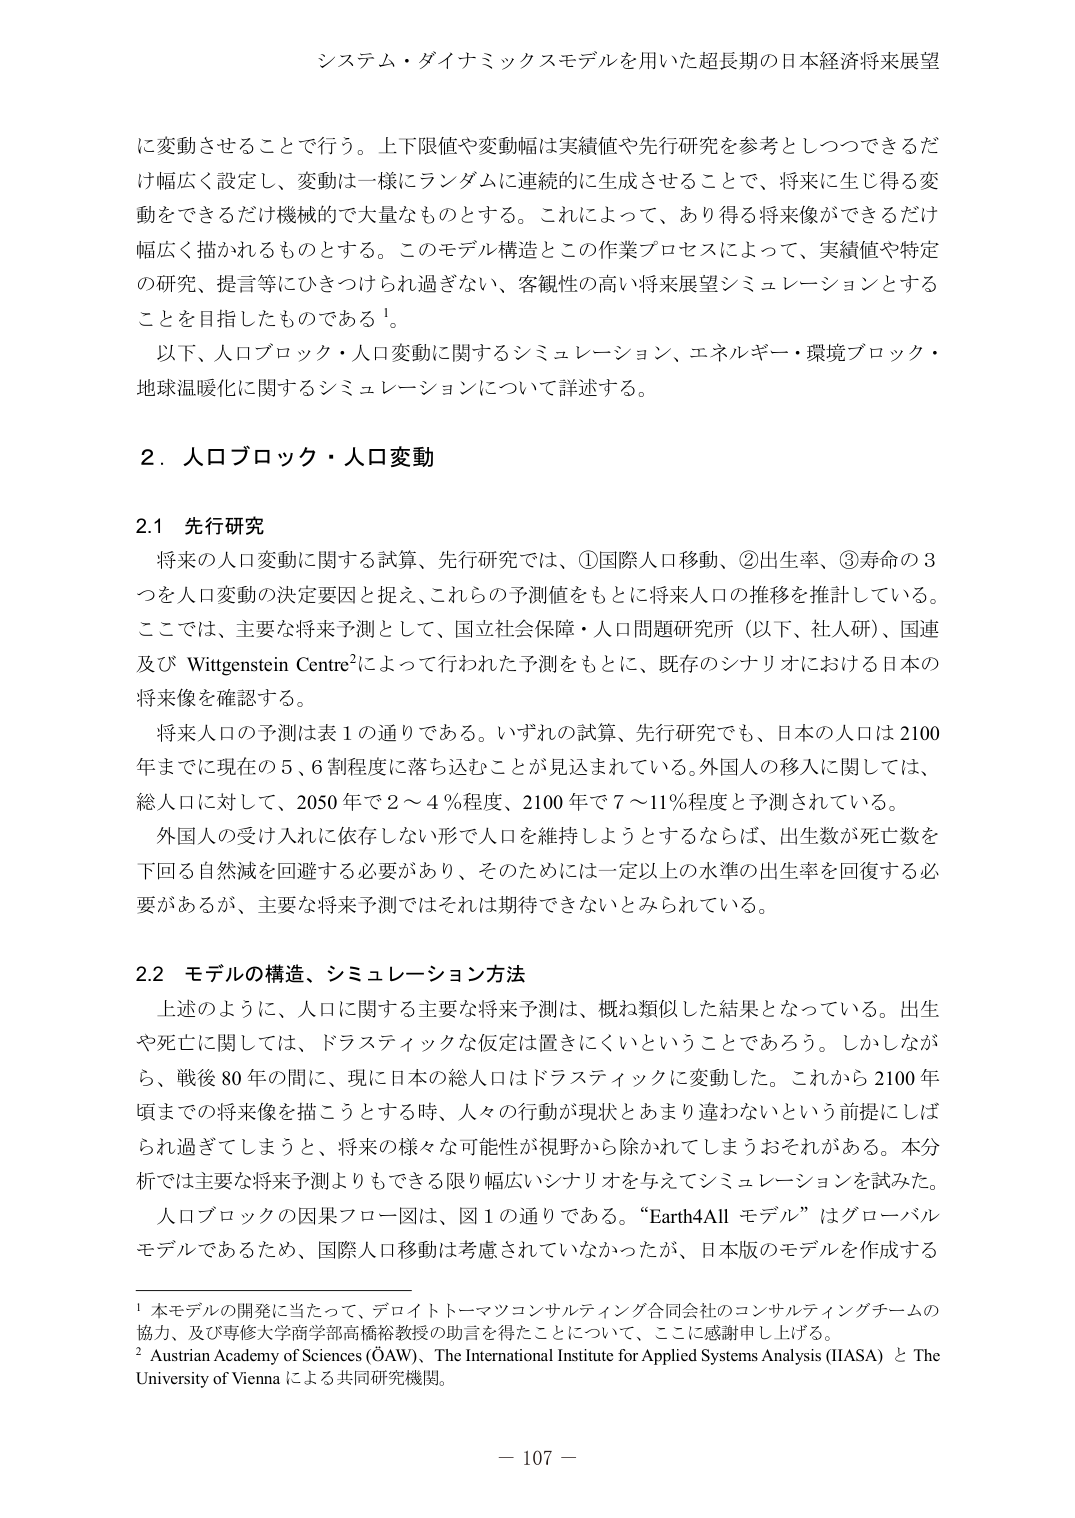
システム・ダイナミックスモデルを用いた超長期の日本経済将来展望

に変動させることで行う。上下限値や変動幅は実績値や先行研究を参考としつつできるだけ幅広く設定し、変動は一様にランダムに連続的に生成させることで、将来に生じ得る変動をできるだけ機械的で大量なものとする。これによって、あり得る将来像ができるだけ幅広く描かれるものとする。このモデル構造とこの作業プロセスによって、実績値や特定の研究、提言等にひきつけられ過ぎない、客観性の高い将来展望シミュレーションとすることを目指したものである¹。

以下、人口ブロック・人口変動に関するシミュレーション、エネルギー・環境ブロック・地球温暖化に関するシミュレーションについて詳述する。

2．人口ブロック・人口変動

2.1 先行研究

将来の人口変動に関する試算、先行研究では、①国際人口移動、②出生率、③寿命の3つを人口変動の決定要因と捉え、これらの予測値をもとに将来人口の推移を推計している。ここでは、主要な将来予測として、国立社会保障・人口問題研究所（以下、社人研）、国連及び Wittgenstein Centre²によって行われた予測をもとに、既存のシナリオにおける日本の将来像を確認する。

将来人口の予測は表1の通りである。いずれの試算、先行研究でも、日本の人口は2100年までに現在の5、6割程度に落ち込むことが見込まれている。外国人の移入に関しては、総人口に対して、2050年で2～4％程度、2100年で7～11％程度と予測されている。

外国人の受け入れに依存しない形で人口を維持しようとするならば、出生数が死亡数を下回る自然減を回避する必要があり、そのためには一定以上の水準の出生率を回復する必要があるが、主要な将来予測ではそれは期待できないとみられている。

2.2 モデルの構造、シミュレーション方法

上述のように、人口に関する主要な将来予測は、概ね類似した結果となっている。出生や死亡に関しては、ドラスティックな仮定は置きにくいということであろう。しかしながら、戦後80年の間に、現に日本の総人口はドラスティックに変動した。これから2100年頃までの将来像を描こうとする時、人々の行動が現状とあまり違わないという前提にしばられ過ぎてしまうと、将来の様々な可能性が視野から除かれてしまうおそれがある。本分析では主要な将来予測よりもできる限り幅広いシナリオを与えてシミュレーションを試みた。

人口ブロックの因果フロー図は、図1の通りである。“Earth4All モデル”はグローバルモデルであるため、国際人口移動は考慮されていなかったが、日本版のモデルを作成する

¹ 本モデルの開発に当たって、デロイトトーマツコンサルティング合同会社のコンサルティングチームの協力、及び専修大学商学部高橋裕教授の助言を得たことについて、ここに感謝申し上げる。

² Austrian Academy of Sciences (ÖAW)、The International Institute for Applied Systems Analysis (IIASA) と The University of Vienna による共同研究機関。

－ 107 －